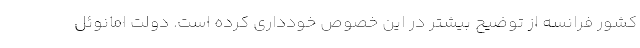
کشور فرانسه از توضیح بیشتر در این خصوص خودداری کرده است. دولت امانوئل